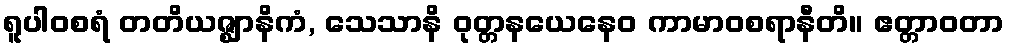
ရူပါဝစရံ တတိယဇ္ဈာနိကံ, သေသာနိ ဝုတ္တနယေနေဝ ကာမာဝစရာနီတိ။ ဧတ္တာဝတာ